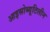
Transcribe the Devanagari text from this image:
आइसोब्यूटिलीन